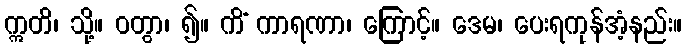
ဣတိ၊ သို့။ ဝတွာ၊ ၍။ ကိံ ကာရဏာ၊ ကြောင့်။ ဒေမ၊ ပေးရကုန်အံ့နည်း။